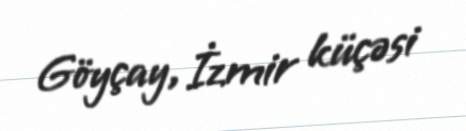
Göyçay, İzmir küçəsi